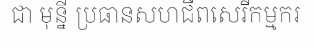
ជា មុន្នី ប្រធានសហជីពសេរីកម្មករ